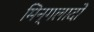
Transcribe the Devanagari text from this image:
मिन्गलादों